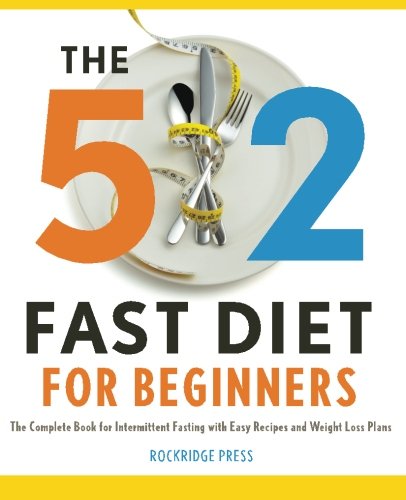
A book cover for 5:2 Fast Diet for Beginners: 2 Fast Diet for Beginners: The Complete Book for Intermittent Fasting with Easy Recipes and Weight Loss Plans; Rockridge Press; Cookbooks, Food & Wine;